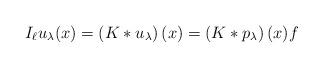
LaTeX: \begin{align*}I_{\ell}u_{\lambda}(x)= \left( K \ast u_{\lambda}\right)(x) = \left( K \ast p_{\lambda}\right)(x)f \end{align*}